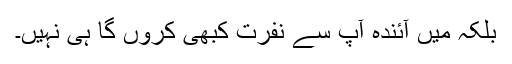
بلکہ میں آئندہ آپ سے نفرت کبھی کروں گا ہی نہیں۔